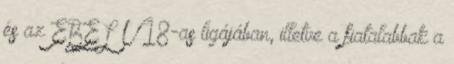
és az EBEL U18-as ligájában, illetve a fiatalabbak a